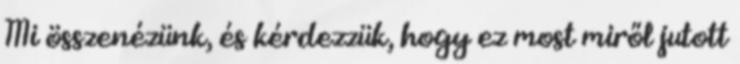
Mi összenézünk, és kérdezzük, hogy ez most miről jutott